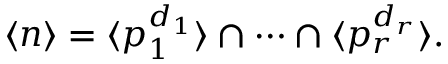
\langle n \rangle = \langle p _ { 1 } ^ { d _ { 1 } } \rangle \cap \cdots \cap \langle p _ { r } ^ { d _ { r } } \rangle .